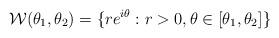
LaTeX: \begin{align*} \mathcal{W}(\theta_1, \theta_2) = \{re^{i\theta} : r > 0, \theta \in [\theta_1, \theta_2]\}\end{align*}